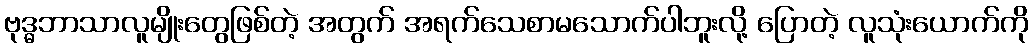
ဗုဒ္ဓဘာသာလူမျိုးတွေဖြစ်တဲ့ အတွက် အရက်သေစာမသောက်ပါဘူးလို့ ပြောတဲ့ လူသုံးယောက်ကို